Medical and sanitary report of the native army of Bengal for the year
Year: 1876
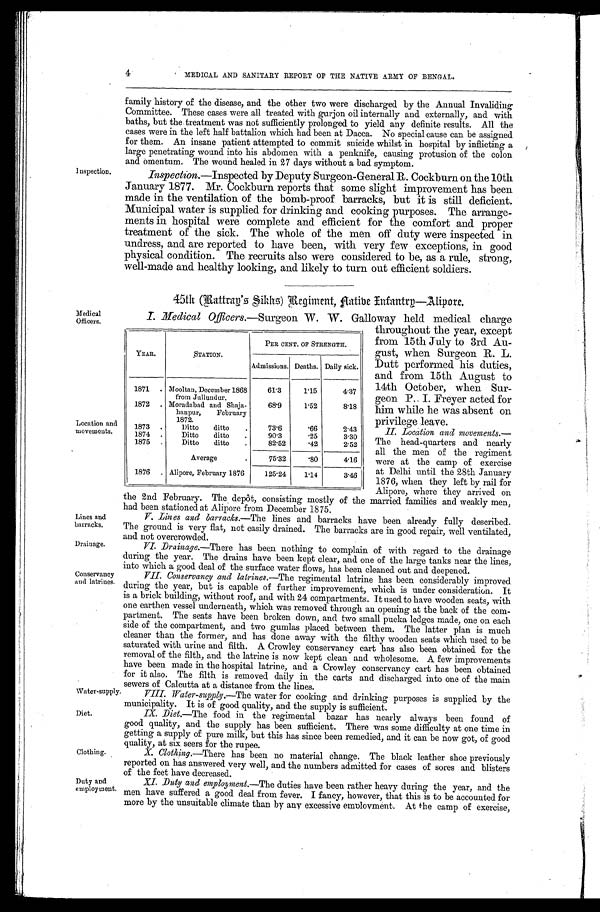
Inspection.
Medical
Officers.
Location and
movements.
4 MEDICAL AND SANITARY REPORT OF THE NATIVE ARMY OF BENGAL.
family history of the disease, and the other two were discharged by the Annual Invaliding
Committee. These cases were all treated with gurjon oil internally and externally, and with
baths, but the treatment was not sufficiently prolonged to yield any definite results. All the
cases were in the left half battalion which had been at Dacca. No special cause can be assigned
for them. An insane patient attempted to commit suicide whilst in hospital by inflicting a
large penetrating into his abdomen with a penknife, causing protusion of the colon
and omentum. The wound healed in 27 days without a bad symptom.
Inspection.— Inspected by Deputy Surgeon-General R. Cockburn on the 10th
January 1877. Mr. Cockburn reports that some slight improvement has been
made in the ventilation of the bomb-proof barracks, but it is still deficient.
Municipal water is supplied for drinking and cooking purposes. The arrange-
ments in hospital were complete and efficient for the comfort and proper
treatment of the sick. The whole of the men off duty were inspected in
undress, and are reported to have been, with very few exceptions, in good
physical condition. The recruits also were considered to be, as a rule, strong,
well-made and healthy looking, and likely to turn out efficient soldiers.
45th (Battray's Sikhs) Regiment, Aaibe Infantry—Alipore.
I. Medical Officers.—Surgeon W. W. Galloway held medical charge
throughout the year, except
from 15th July to 3rd Au-
gust, when Surgeon R. L.
Dutt performed his duties,
and from 15th August to
14th October, when Sur-
geon P. I. Freyer acted for
him while he was absent on
privilege leave.
II. Location and movements.—
The head-quarters and nearly
all the men of the regiment
were at the camp of exercise
at Delhi until the 28th January
1876, when they left by rail for
Alipore, where they arrived on
the 2nd February. The depôt, consisting mostly of the married families and weakly men,
had been stationed at Alinore from December 1875.
Lines and
barracks.
Drainage.
Conservancy
and latrines.
Water-supply
Diet.
Clothing.
Duty and
employment.
YEAR.
STATION.
PER CENT. OF STRENGTH.
Admissions. Deaths. Daily sick.
1871
Mooltan, December 1868
from Jullundur.
61.3
1.15
4.37
1872
Moradabad and shaja-
haupur, February
1872.
68.9
1.52
8.18
1873
Ditto ditto
73.6
.66
2.43
1874
Ditto ditto
90.3
.25
3.30
1875
Ditto ditto
82.52
.42
2.52
Average
75.32
.80
4.16
1876
Alipore, February 1876
125.24 1.14
3.46
V. Lines and barracks.—The lines and barracks have been already fully described.
The ground is very flat, not easily drained. The barracks are in good repair, well ventilated,
and not overcrowded.
VI. Drainage.—There has been nothing to complain of with regard to the drainage
during the year. The drains have been kept clear, and one of the large tanks near the lines,
into which a good deal of the surface water flows, has been cleaned out and deepened.
VII. Conservancy and latrines. —The regimental latrine has been considerably improved
during the year, but is capable of further improvement, which is under consideration. It
is a brick building, without roof, and. with 24 compartments. It used to have wooden seats, with
one earthen vessel underneath, which was removed through an opening at the back of the com-
partment. The seats have been broken down, and two small pucka ledges made, one on each
side of the compartment, and two gumlas placed between them. The latter plan is much
cleaner than the former, and has done away with the filthy wooden seats which used to be
saturated with urine and filth. A Crowley conservancy cart has also been obtained for the
removal of the filth, and the latrine is now kept clean and wholesome. A few improvements
have been made in the hospital latrine, and a Crowley conservancy cart has been obtained
for it also. The filth is removed daily in the carts and discharged into one of the main
sewers of Calcutta at a distance from the lines.
VIII. Water-supply. —The water for cooking and drinking purposes is supplied by the
municipality. It is of good quality, and the supply is sufficient.
IX Diet.—The food in the regimental bazar has nearly always been found of
good quality, and the supply has been sufficient. There was some dif f iculty at one time in
getting a supply of pure milk, but this has since been remedied, and it can be now got, of good
quality, at six seers for the rupee.
X. Clothing. —There has been no material change. The black leather shoe previously
reported on has answered very well, and the numbers admitted for cases of sores and blisters
of the feet have decreased.
XI. Duty and employment. —The duties have been rather heavy during the year, and the
men have suffered a good deal from fever. I fancy, however, that this is to be accounted for
more by the unsuitable climate than by any excessive employment. At the camp of exercise,